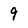
Character: 9